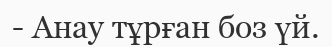
- Анау тұрған боз үй.